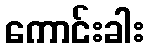
ကောင်းခါး